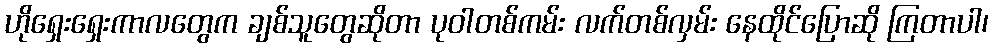
ဟိုရှေးရှေးကာလတွေက ချစ်သူတွေဆိုတာ ပုဝါတစ်ကမ်း လက်တစ်လှမ်း နေထိုင်ပြောဆို ကြတာပါ၊